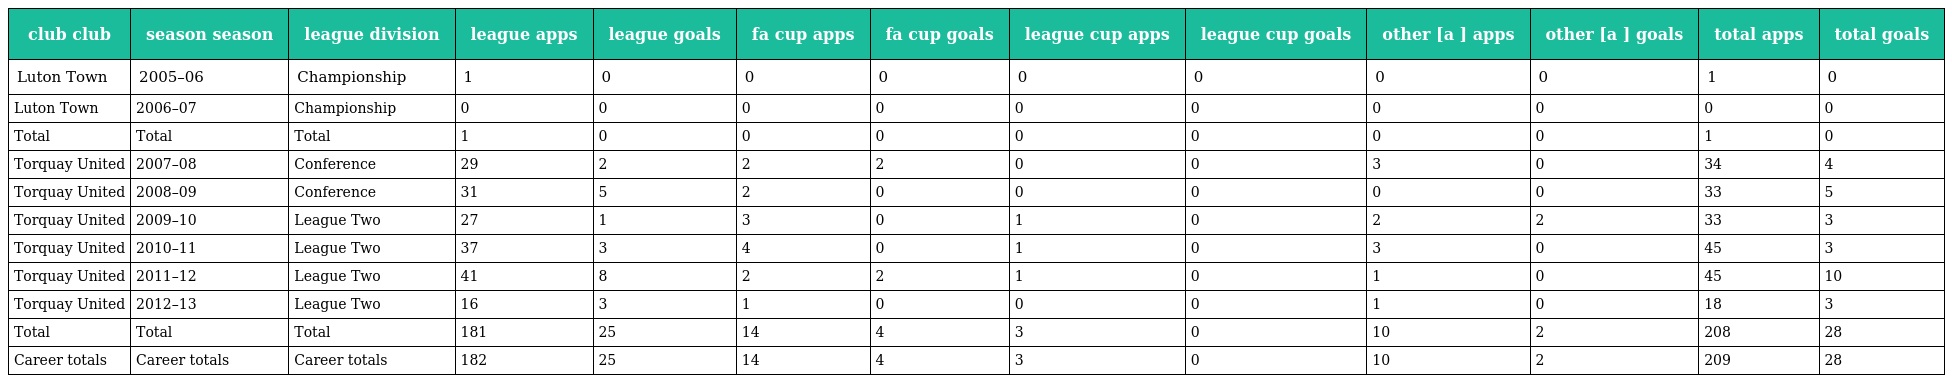
| club club | season season | league division | league apps | league goals | fa cup apps | fa cup goals | league cup apps | league cup goals | other [a ] apps | other [a ] goals | total apps | total goals |
 | --- | --- | --- | --- | --- | --- | --- | --- | --- | --- | --- | --- | --- |
 | Luton Town | 2005–06 | Championship | 1 | 0 | 0 | 0 | 0 | 0 | 0 | 0 | 1 | 0 |
 | Luton Town | 2006–07 | Championship | 0 | 0 | 0 | 0 | 0 | 0 | 0 | 0 | 0 | 0 |
 | Total | Total | Total | 1 | 0 | 0 | 0 | 0 | 0 | 0 | 0 | 1 | 0 |
 | Torquay United | 2007–08 | Conference | 29 | 2 | 2 | 2 | 0 | 0 | 3 | 0 | 34 | 4 |
 | Torquay United | 2008–09 | Conference | 31 | 5 | 2 | 0 | 0 | 0 | 0 | 0 | 33 | 5 |
 | Torquay United | 2009–10 | League Two | 27 | 1 | 3 | 0 | 1 | 0 | 2 | 2 | 33 | 3 |
 | Torquay United | 2010–11 | League Two | 37 | 3 | 4 | 0 | 1 | 0 | 3 | 0 | 45 | 3 |
 | Torquay United | 2011–12 | League Two | 41 | 8 | 2 | 2 | 1 | 0 | 1 | 0 | 45 | 10 |
 | Torquay United | 2012–13 | League Two | 16 | 3 | 1 | 0 | 0 | 0 | 1 | 0 | 18 | 3 |
 | Total | Total | Total | 181 | 25 | 14 | 4 | 3 | 0 | 10 | 2 | 208 | 28 |
 | Career totals | Career totals | Career totals | 182 | 25 | 14 | 4 | 3 | 0 | 10 | 2 | 209 | 28 |